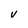
Character: V